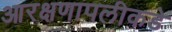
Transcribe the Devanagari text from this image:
आरक्षणापलीकडे